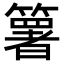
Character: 𥵟